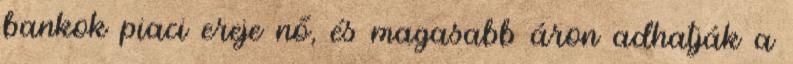
bankok piaci ereje nő, és magasabb áron adhatják a